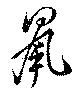
鼠